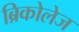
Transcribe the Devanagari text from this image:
ब्रिकोलेज